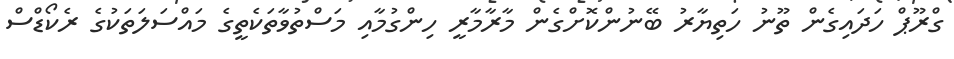
ގްރޫޕް ހަދައިގެން ތޫނު ހަތިޔާރު ބޭނުންކޮށްގެން މާރާމާރީ ހިންގުމާއި މަސްތުވާތަކެތީގެ މައްސަލަތަކުގެ ރެކޯޑްސް